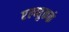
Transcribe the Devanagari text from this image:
एल्ब्युकर्क